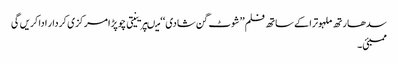
سدھارتھ ملہوترا کے ساتھ فلم ’’شوٹ گن شادی ‘‘ میںپرینیتی چوپڑا مرکزی کردار ادا کریں گی
ممبئی۔